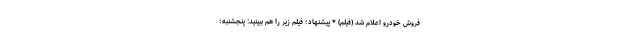
فروش خودرو اعلام شد (فیلم) * پیشنهاد؛ فیلم‌ زیر را هم ببینید: پنجشنبه؛